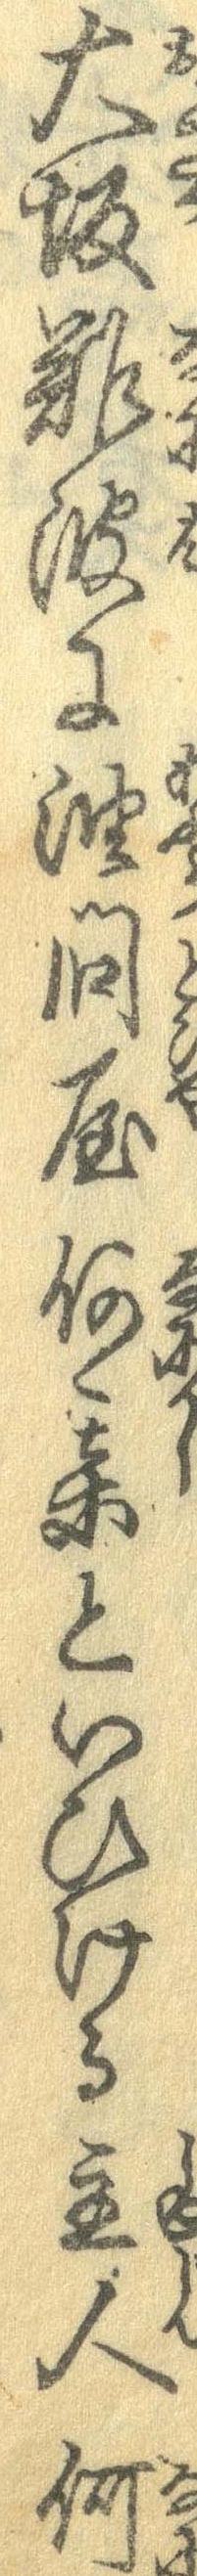
大坂難波に油問屋何某といひける主人何